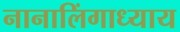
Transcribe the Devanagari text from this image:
नानालिंगाध्याय